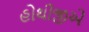
હોથીજીએ